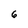
Character: 6